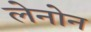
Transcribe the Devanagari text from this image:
लेनोन